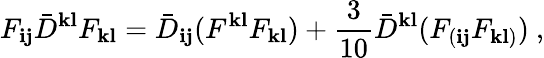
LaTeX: F_{{\mathbf i}{\mathbf j}}{\bar{D}}^{{\mathbf k}{\mathbf l}}F_{{\mathbf k}{\mathbf l}}={\bar{D}}_{{\mathbf i}{\mathbf j}}(F^{{\mathbf k}{\mathbf l}}F_{{\mathbf k}{\mathbf l}})+\frac{3}{10}{\bar{D}}^{{\mathbf k}{\mathbf l}}(F_{({\mathbf i}{\mathbf j}}F_{{\mathbf k}{\mathbf l})})\ ,